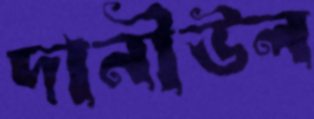
দানীউল